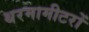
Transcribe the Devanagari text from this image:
थरमामीटरों